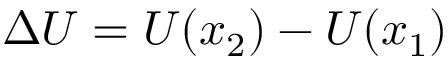
\Delta U = U ( x _ { 2 } ) - U ( x _ { 1 } )